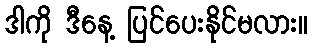
ဒါကို ဒီနေ့ ပြင်ပေးနိုင်မလား။